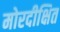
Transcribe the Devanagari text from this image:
मोरदीक्षित